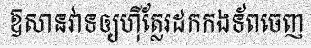
ឱសានវាទឲ្យហ៊ីត្លែរដកកងទ័ពចេញ